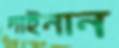
দাইনান